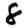
Digit: 8